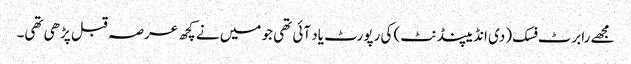
مجھے رابرٹ فسک (دی انڈیپنڈنٹ) کی رپورٹ یاد آئی تھی جو میں نے کچھ عرصہ قبل پڑھی تھی۔